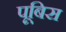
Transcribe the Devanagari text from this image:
पूबिस